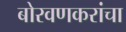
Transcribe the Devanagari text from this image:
बोरवणकरांचा